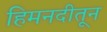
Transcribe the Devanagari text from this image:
हिमनदीतून